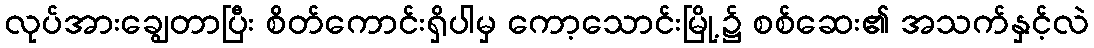
လုပ်အားချွေတာပြီး စိတ်ကောင်းရှိပါမှ ကော့သောင်းမြို့၌ စစ်ဆေး၏ အသက်နှင့်လဲ